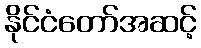
နိုင်ငံတော်အဆင့်